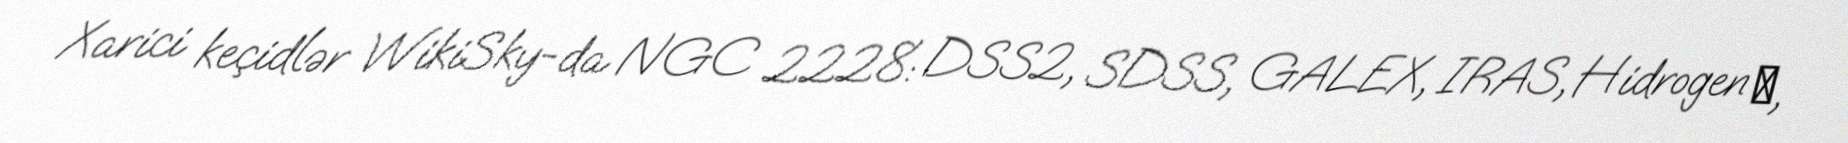
Xarici keçidlər WikiSky-da NGC 2228: DSS2, SDSS, GALEX, IRAS, Hidrogen α,